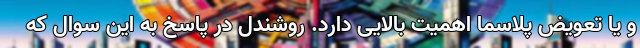
و یا تعویض پلاسما اهمیت بالایی دارد. روشندل در پاسخ به این سوال که